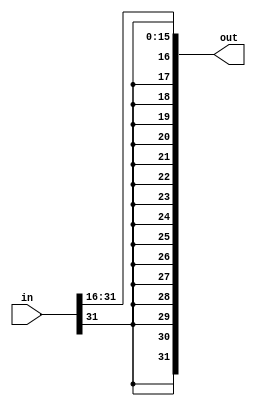
module sra16(out,in);
	input[31:0] in;
	output[31:0] out;
	
	genvar c;
	
	generate
		for (c = 16; c <= 31; c = c + 1) begin: loop1
			assign out[c-16] = in[c];
		end
	endgenerate
	
	genvar d;
	
	generate
		for (d = 16; d < 32; d = d + 1) begin: loop2
			assign out[d] = in[31];
		end
	endgenerate
	

endmodule